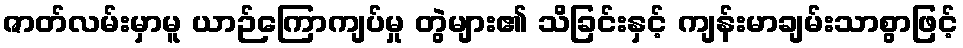
ဇာတ်လမ်းမှာမူ ယာဉ်ကြောကျပ်မှု တွဲများ၏ သိခြင်းနှင့် ကျန်းမာချမ်းသာစွာဖြင့်